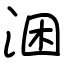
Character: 涃